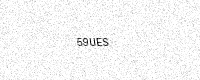
Text: 59UES